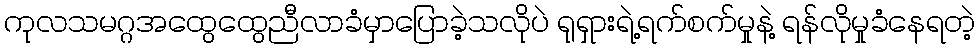
ကုလသမဂ္ဂအထွေထွေညီလာခံမှာပြောခဲ့သလိုပဲ ရုရှားရဲ့ရက်စက်မှုနဲ့ ရန်လိုမှုခံနေရတဲ့